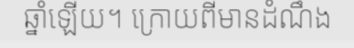
ឆ្នាំឡើយ។ ក្រោយពីមានដំណឹង